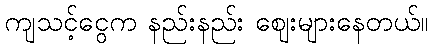
ကျသင့်ငွေက နည်းနည်း ဈေးများနေတယ်။